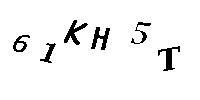
61KH5T